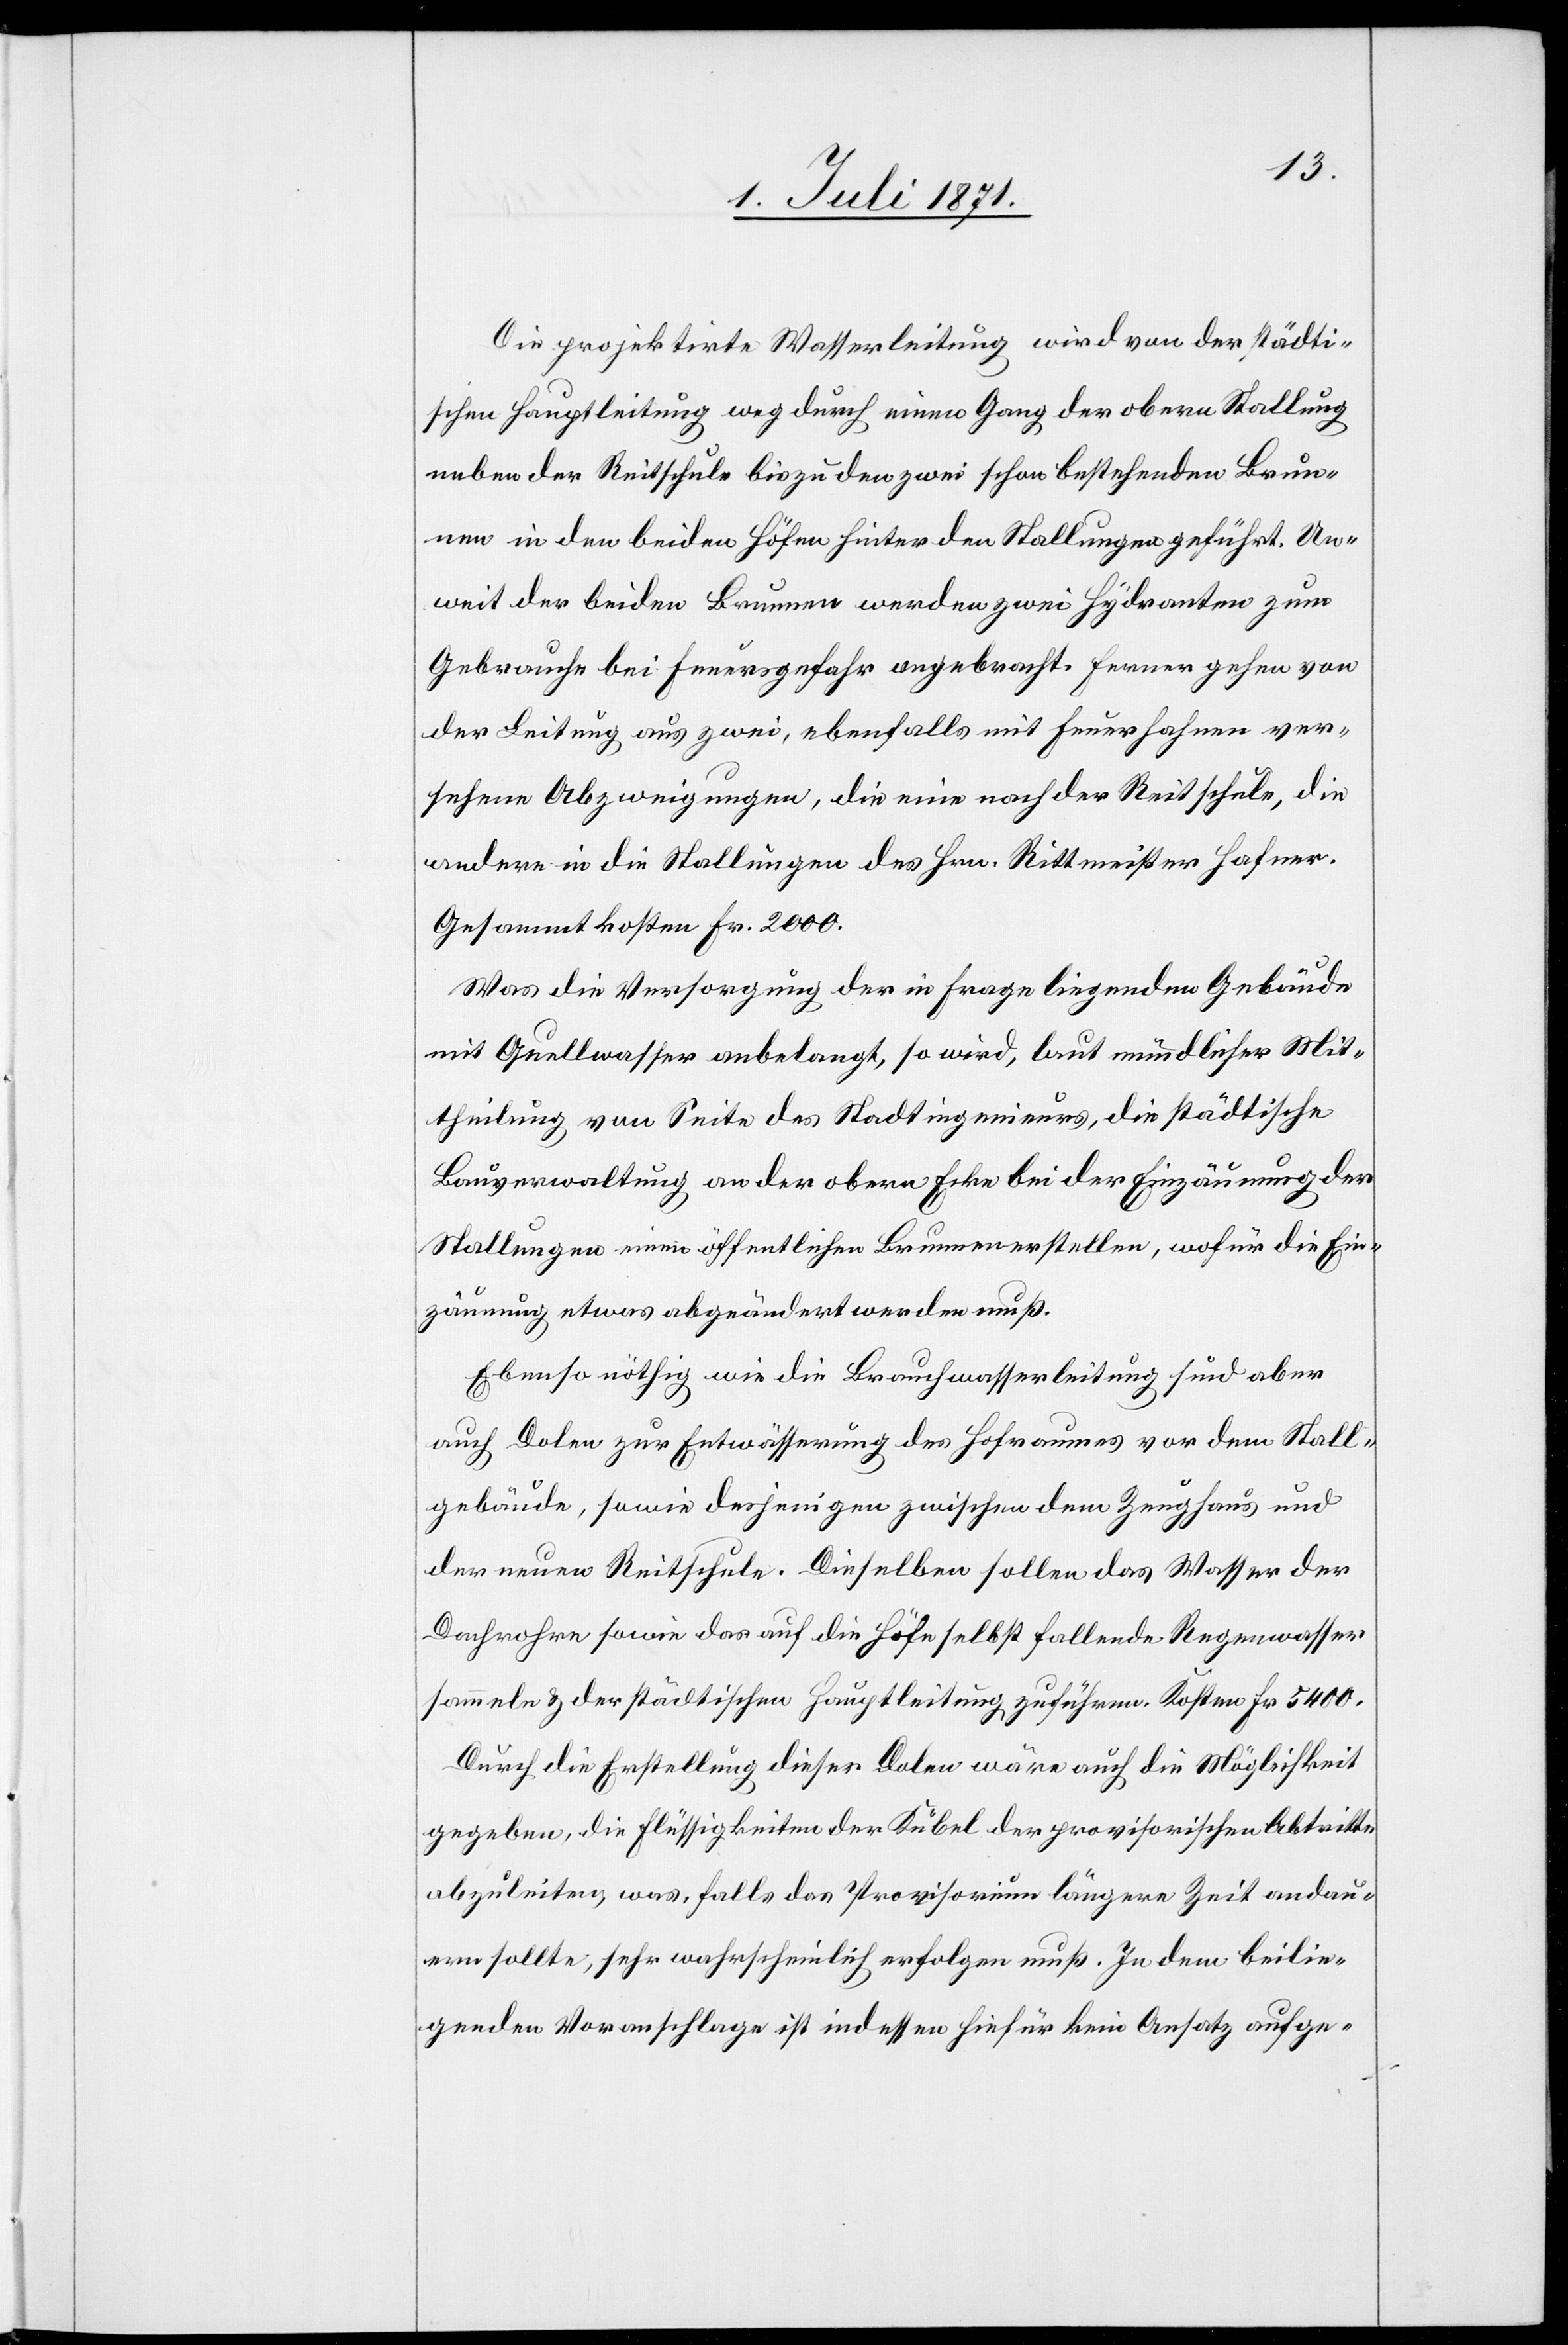
Die projektirte Wasserleitung wird von der städti¬
schen Hauptleitung weg durch einen Gang der obern Stallung
neben der Reitschule bis zu den zwei schon bestehenden Brun¬
nen in den beiden Höfen hinter den Stallungen geführt. Un¬
weit der beiden Brunnen werden zwei Hydranten zum
Gebrauche bei Feuersgefahr angebracht. Ferner gehen von
der Leitung aus zwei, ebenfalls mit Feuerfahnen ver¬
sehene Abzweigungen, die eine nach der Reitschule, die
andere in die Stallungen des Hrn. Rittmeister Hafner.
Gesammtkosten Fr. 2000.
Was die Versorgung der in Frage liegenden Gebäude
mit Quellwasser anbelangt, so wird, laut mündlicher Mit¬
theilung von Seite des Stadtingenieurs, die städtische
Bauverwaltung an der obern Ecke bei der Einzäumung der
Stallung einen öffentlichen Brunnen erstellen, wofür die Ein¬
zäumung etwas abgeändert werden muß.
Ebenso nöthig wie die Brauchwasserleitung sind aber
auch Dolen zur Entwässerung des Hofraumes vor dem Stall¬
gebäude, sowie desjenigen zwischen dem Zeughaus und
der neuen Reitschule. Dieselben sollen das Wasser der
Dachrohre sowie das auf die Höfe selbst fallende Regenwasser
sammeln u. der städtischen Hauptleitung zuführen. Kosten Fr. 5400.
Durch die Erstellung dieser Dolen wäre auch die Möglichkeit
gegeben, die Flüssigkeit der Kübel der provisorischen Abtritte
abzuleiten, was, falls das Provisorium längere Zeit andau¬
ern sollte, sehr wahrscheinlich erfolgen muß. In dem beilie¬
genden Voranschlage ist indessen hiefür kein Ansatz aufge-